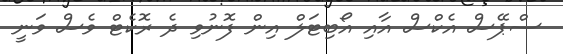
ސްޕޭސް އެކްސް އާއި އޯބިޓަލް އިން ފޮނުވި ދެ ރޮކެޓް ވެސް ވަނީ